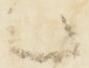
候